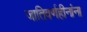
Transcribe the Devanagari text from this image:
जातिवर्णहीनांना